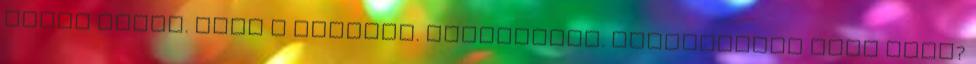
vette észre. hogy a FÉLTETT. KORONÁZÁSI. ereklyéknek lába kélt?